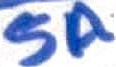
Text: 5A